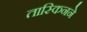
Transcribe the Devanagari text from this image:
तास्किनने